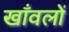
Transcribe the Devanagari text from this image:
खाँवलों